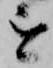
を